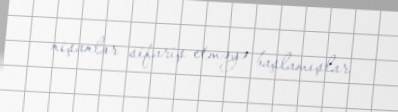
nişanlar sifariş etməyə başlamışlar.